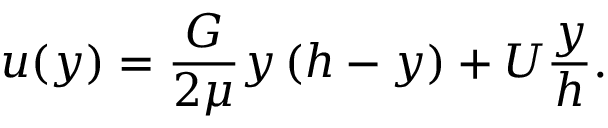
u ( y ) = { \frac { G } { 2 \mu } } y \, ( h - y ) + U { \frac { y } { h } } .